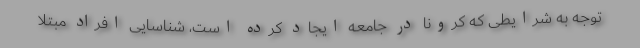
توجه به شرایطی که کرونا در جامعه ایجاد کرده است، شناسایی افراد مبتلا